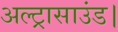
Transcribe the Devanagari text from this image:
अल्ट्रासाउंड।